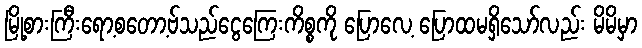
မြို့စားကြီးရော့စတော့ဗ်သည်ငွေကြေးကိစ္စကို ပြောလေ့ ပြောထမရှိသော်လည်း မိမိမှာ